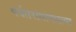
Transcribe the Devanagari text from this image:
पर्वतरांगांमधल्या